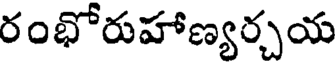
రంభోరుహాణ్యర్చయ